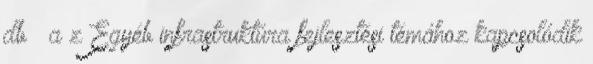
db – a z Egyéb infrastruktúra fejlesztési témához kapcsolódik